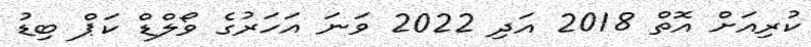
ކުރިއަށް އޮތް 2018 އަދި 2022 ވަނަ އަހަރުގެ ވޯލްޑް ކަޕް ބިޑު